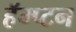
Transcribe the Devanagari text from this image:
हॅम्प्टन